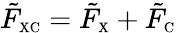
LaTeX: \tilde{F}_{\scriptscriptstyle\mathrm{XC}}=\tilde{F}_{\scriptscriptstyle\mathrm{X}}+\tilde{F}_{\scriptscriptstyle\mathrm{C}}